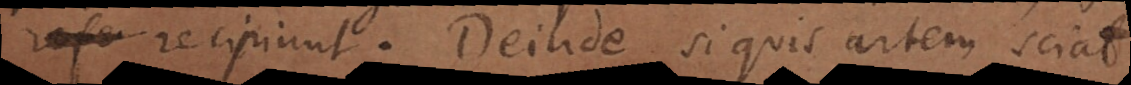
recipiunt. Deinde si quis artem sciat